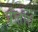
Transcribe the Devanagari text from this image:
प्रीतीचं